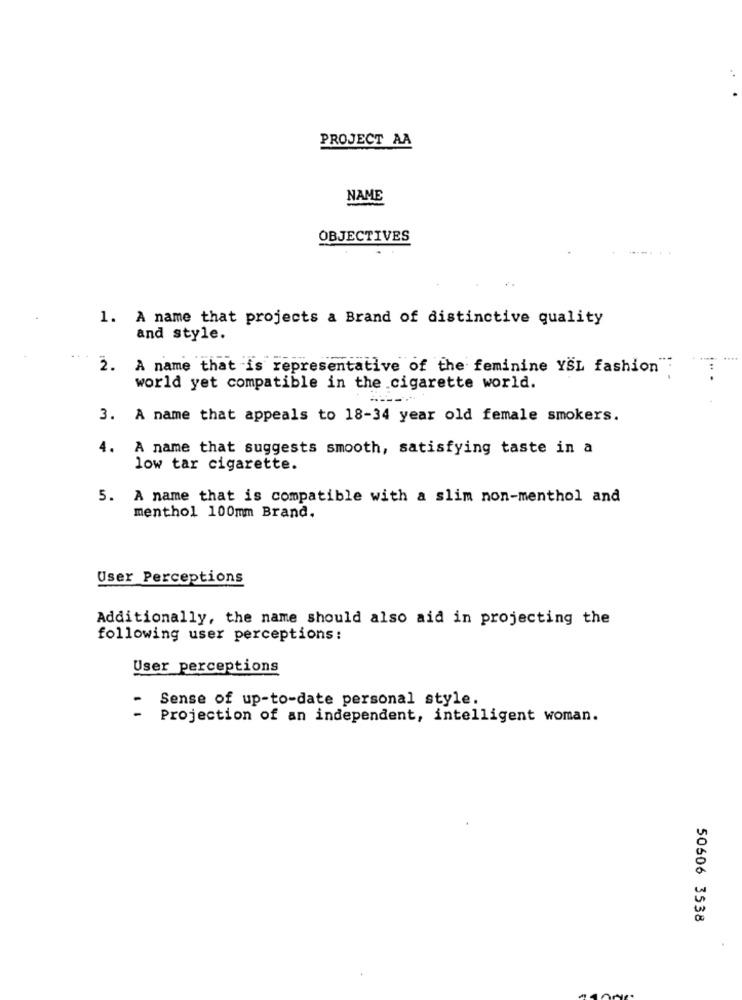
PROJECT AA
NAME
OBJECTIVES
1. A name that projects a Brand of distinctive quality
and style.
2. A name that is representative of the feminine YSL fashion"
world yet compatible in the cigarette world.
3. A name that appeals to 18-34 year old female smokers.
4.
A name that suggests smooth, satisfying taste in a
low tar cigarette.
5. A name that is compatible with a slim non-menthol and
menthol 100mm Brand.
User Perceptions
Additionally, the name should also aid in projecting the
following user perceptions:
User perceptions
Sense of up-to-date personal style.
Projection of an independent, intelligent woman.
50606 3538